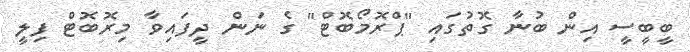
ބީބީސީ އިން ބުނާ ގޮތުގައި "ޕްރޮމޯބޮޓް" ގެ ނަން ދީފައިވާ މިރޮބޮޓް ފިލީ